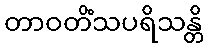
တာဝတိံသပရိသန္တိ